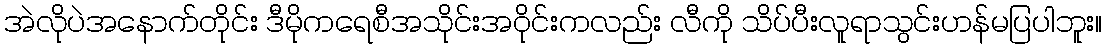
အဲလိုပဲအနောက်တိုင်း ဒီမိုကရေစီအသိုင်းအဝိုင်းကလည်း လီကို သိပ်ပီးလူရာသွင်းဟန်မပြပါဘူး။